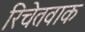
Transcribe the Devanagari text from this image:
रिचेतवाक